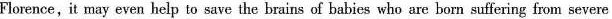
Florence, it may even help to save the brains of babies who are born suffering from severe